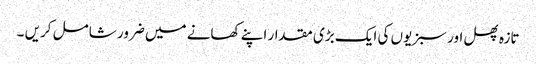
تازہ پھل اور سبزیوں کی ایک بڑی مقدار اپنے کھانے میں ضرور شامل کریں ۔